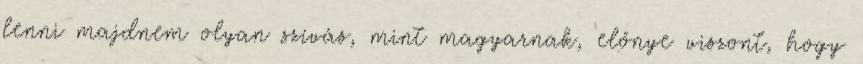
lenni majdnem olyan szívás, mint magyarnak, előnye viszont, hogy